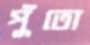
পুঁতো